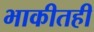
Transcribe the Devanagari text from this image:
भाकीतही